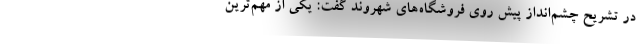
در تشریح چشم‌انداز پیش روی فروشگاه‌های شهروند گفت: یکی از مهم‌ترین